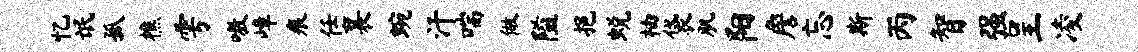
忆氓孤樵雩嗷嶂痕任襄蜿汗喘做隘挹蜕柚袋肌阳詹忘斯丙智强呈凌